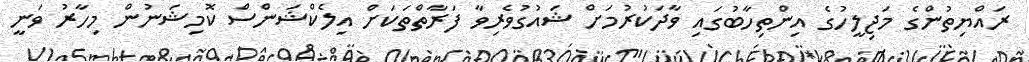
ރައްޔިތުންގެ މަޖިލީހުގެ އިންތިހާބުގައި ވާދަކުރުމަށް ޝައުގުވެރިވާ ފަރާތްތަކަށް އިލެކްޝަންސް ކޮމިޝަނުން މިހާރު ވަނީ